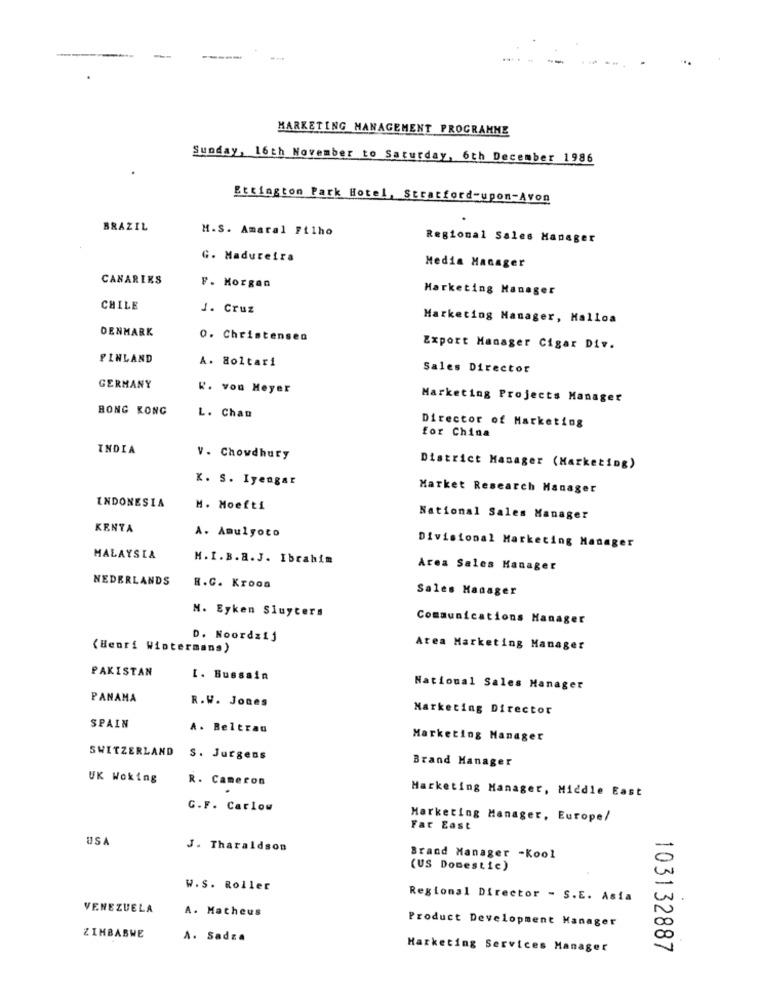
-----
MARKETING MANAGEMENT PROGRAMME
Sunday, 16th November to Saturday, 6th December 1986
Ettington Park Hotel, Stratford-upon-Avon
BRAZIL
M.S. Amaral Filho
Regional Sales Manager
G. Madureira
Media Manager
CANARIES
F. Morgan
Marketing Manager
CHILE
J. Cruz
Marketing Manager, Malloa
DENMARK
O. Christensen
Export Manager Cigar Div.
FINLAND
A. Soltari
Sales Director
GERMANY
R. von Meyer
Marketing Projects Manager
HONG KONG
L. Chan
Director of Marketing
for China
INDIA
V. Chowdhury
District Manager (Marketing)
K. S. Iyengar
Market Research Manager
INDONESIA
M. Moefti
National Sales Manager
KENYA
A. Amulgoto
Divisional Marketing Manager
MALAYSIA
M. I.B. A. J. Ibrahim
Area Sales Manager
NEDERLANDS
H.C. Kroon
Sales Manager
M. Eyken Sluyters
Communications Manager
D. Noordzij
(Henri Wintermans)
Area Marketing Manager
PAKISTAN
[. Bussain
National Sales Manager
PANAMA
R.W. Jones
Marketing Director
SPAIN
A. Beltran
Marketing Manager
SWITZERLAND
S. Jurgens
Brand Manager
UK Woking
R. Cameron
Marketing Manager, Middle East
G.F. Carlow
Marketing Manager, Europe/
Far East
US
J. Tharaldson
Brand Manager -Kool
(US Domestic)
W.S. Roller
Regional Director - S.E. Asia
VENEZUELA
A. Matheus
Product Development Manager
ZIMBABWE
A. Sadza
Marketing Services Manager
103132887